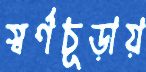
স্বর্ণচূড়ায়